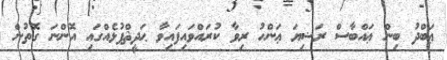
ޢަބްދު ބިން ޢައްބާސް ރަޟިޔަ ޢަންހު ރިވާ ކުރައްވައިފައިވާ ޙަދީޘްފުޅެއްގައި އޮންނަ ގޮތުން